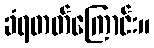
ခံရတတ်ကြောင်း။